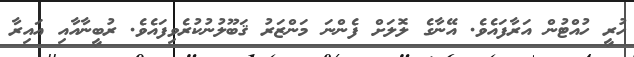
ހުރީ ހުއްޓުން އަރާފައެވެ. އޭނާގެ ލޮލަށް ފެންނަ މަންޒަރު ޤަބޫލުނުކުރެވިފައެވެ. ރުބީނާއާއި އައިރާ